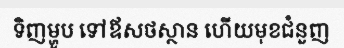
ទិញម្ហូប ទៅឪសថស្ថាន ហើយមុខជំនួញ